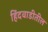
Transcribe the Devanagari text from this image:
हिंदवाडीतील